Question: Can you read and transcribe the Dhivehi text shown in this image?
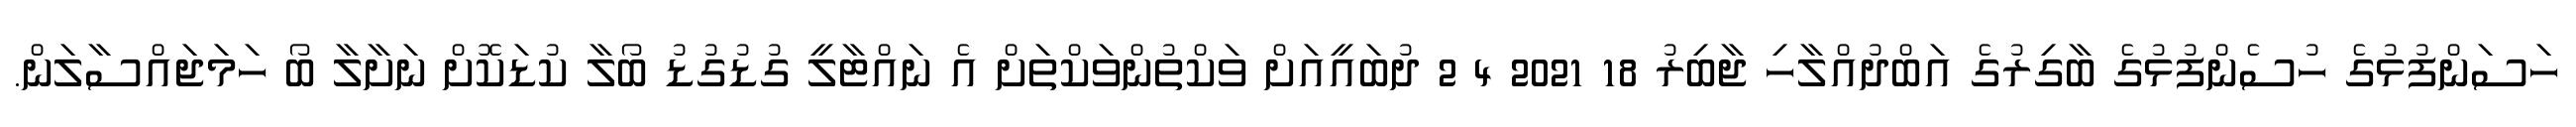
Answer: ހަސަންފުޅުގެ ހުސެންފުޅުގެ ބާގިރުގެ އަބްދުއްލާހި ޖާބިރު 18 2021 4 2 ދުބައީއަށް ވަކްތުންވަކްތަށް އެ ނައްޓާލީ ގުޑުގުޑު ބޯލާ ކުޑަކޮށް ނަށާލާ ބޯ ހަމަޖައްސާލަން.